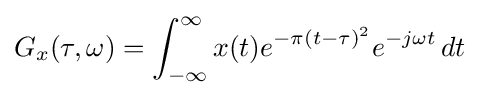
G_{x}(\tau ,\omega )=\int _{-\infty }^{\infty }x(t)e^{-\pi (t-\tau )^{2}}e^{-j\omega t}\,dt